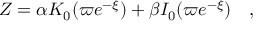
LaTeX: Z = \alpha K _ { 0 } ( \varpi e ^ { - \xi } ) + \beta I _ { 0 } ( \varpi e ^ { - \xi } ) \quad ,